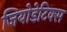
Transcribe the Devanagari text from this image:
जियोडेटिक्स